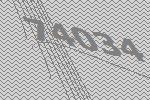
74034